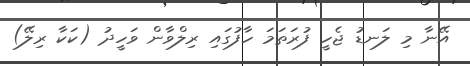
އޭނާ މި ލަނޑު ޖެހީ ފުރަތަމަ ހާފުގައި ރިލްވާން ވަހީދު (ކަކާ ރިލޭ)